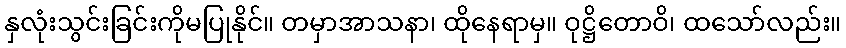
နှလုံးသွင်းခြင်းကိုမပြုနိုင်။ တမှာအာသနာ၊ ထိုနေရာမှ။ ဝုဋ္ဌိတောဝိ၊ ထသော်လည်း။